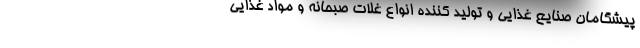
پیشگامان صنایع غذایی و تولید کننده انواع غلات صبحانه و مواد غذایی